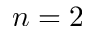
n = 2